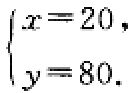
\(\begin{cases}

x = 20,\\

y = 80.

\end{cases}\)